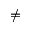
\neq